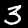
Digit: 3